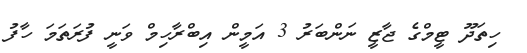
ހިތަދޫ ޓީމްގެ ޖާޒީ ނަންބަރު 3 އަމީން އިބްރާހިމް ވަނީ ފުރަތަމަ ހާފު